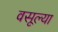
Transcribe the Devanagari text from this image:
वसूल्या